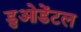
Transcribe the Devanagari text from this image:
डुओडेंटल